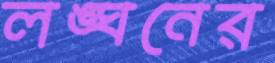
লঙ্ঘনের